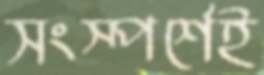
সংস্পর্শেই